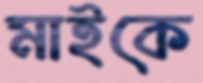
মাইকে